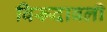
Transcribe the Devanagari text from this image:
विरूदावली